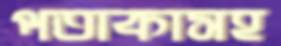
পতাকাসহ